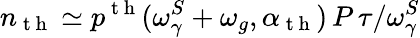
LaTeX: n_{\mathrm{~t~h~}}\simeq p^{\mathrm{~t~h~}}(\omega_{\gamma}^{S}+\omega_{g},\alpha_{\mathrm{~t~h~}})\, P\, \tau/\omega_{\gamma}^{S}